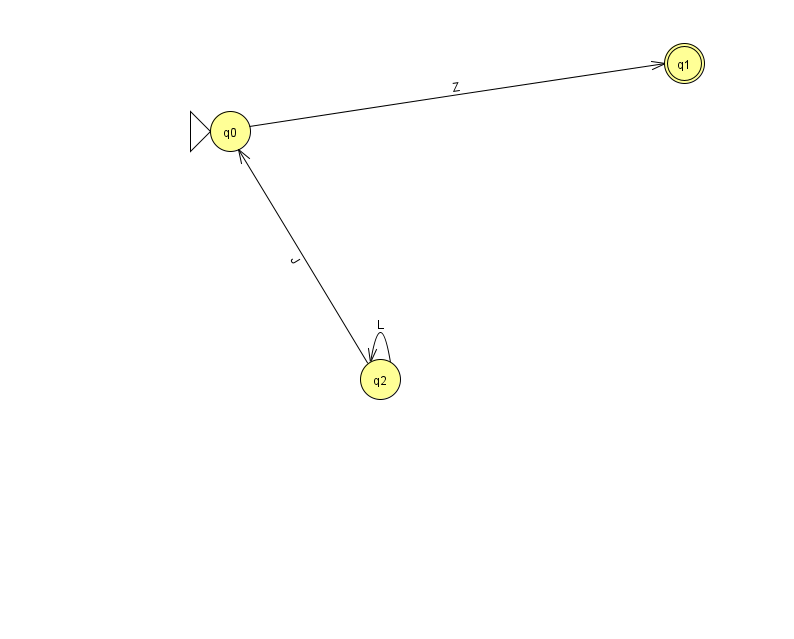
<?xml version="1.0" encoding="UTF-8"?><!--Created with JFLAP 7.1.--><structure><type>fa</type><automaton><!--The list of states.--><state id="0" name="q0"><x>230.0</x><y>118.0</y><initial/></state><state id="1" name="q1"><x>684.0</x><y>50.0</y><final/></state><state id="2" name="q2"><x>380.0</x><y>366.0</y></state><!--The list of transitions.--><transition><from>0</from><to>1</to><read>Z</read></transition><transition><from>2</from><to>0</to><read>J</read></transition><transition><from>2</from><to>2</to><read>L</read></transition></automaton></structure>